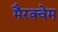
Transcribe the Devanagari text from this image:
मैरक्वेम